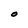
Character: O